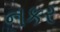
નકર